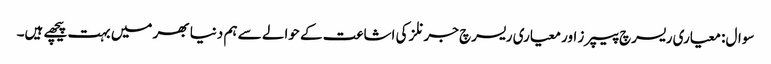
سوال: معیاری ریسرچ پیپرز اور معیاری ریسرچ جرنلز کی اشاعت کے حوالے سے ہم دنیا بھر میں بہت پیچھے ہیں۔